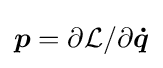
\textstyle {\boldsymbol {p}}={\partial {\mathcal {L}}}/{\partial {\boldsymbol {\dot {q}}}}